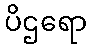
ပိဌရော